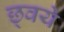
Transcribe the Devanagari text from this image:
छ्वये